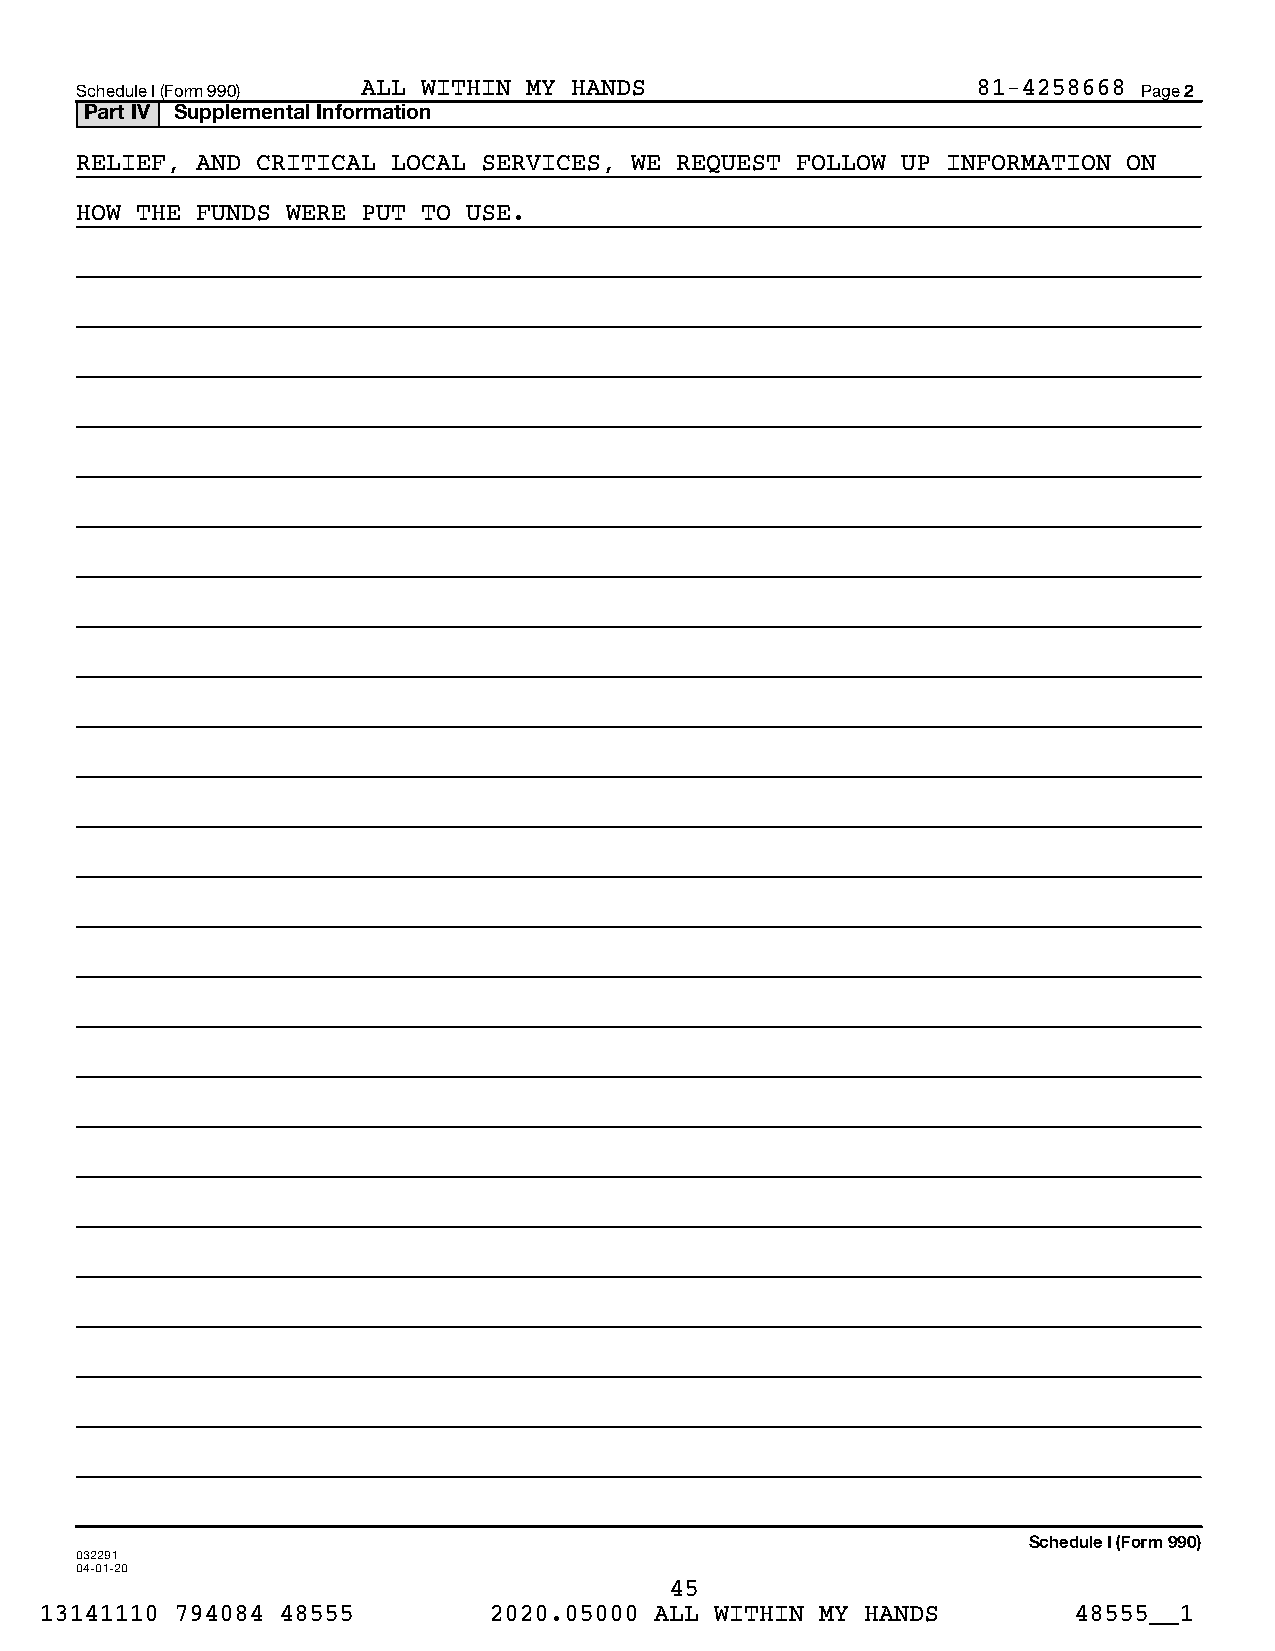
Schedule I (Form 990) ALL WITHIN MY HANDS                   81-4258668 Page 2
 Part IV Supplemental Information
 RELIEF, AND CRITICAL LOCAL SERVICES, WE REQUEST FOLLOW UP INFORMATION ON
 HOW THE FUNDS WERE PUT TO USE.
 Schedule I (Form 990)
 032291
 04-01-20
 45
 13141110 794084 48555        2020.05000 ALL WITHIN MY HANDS         48555__1